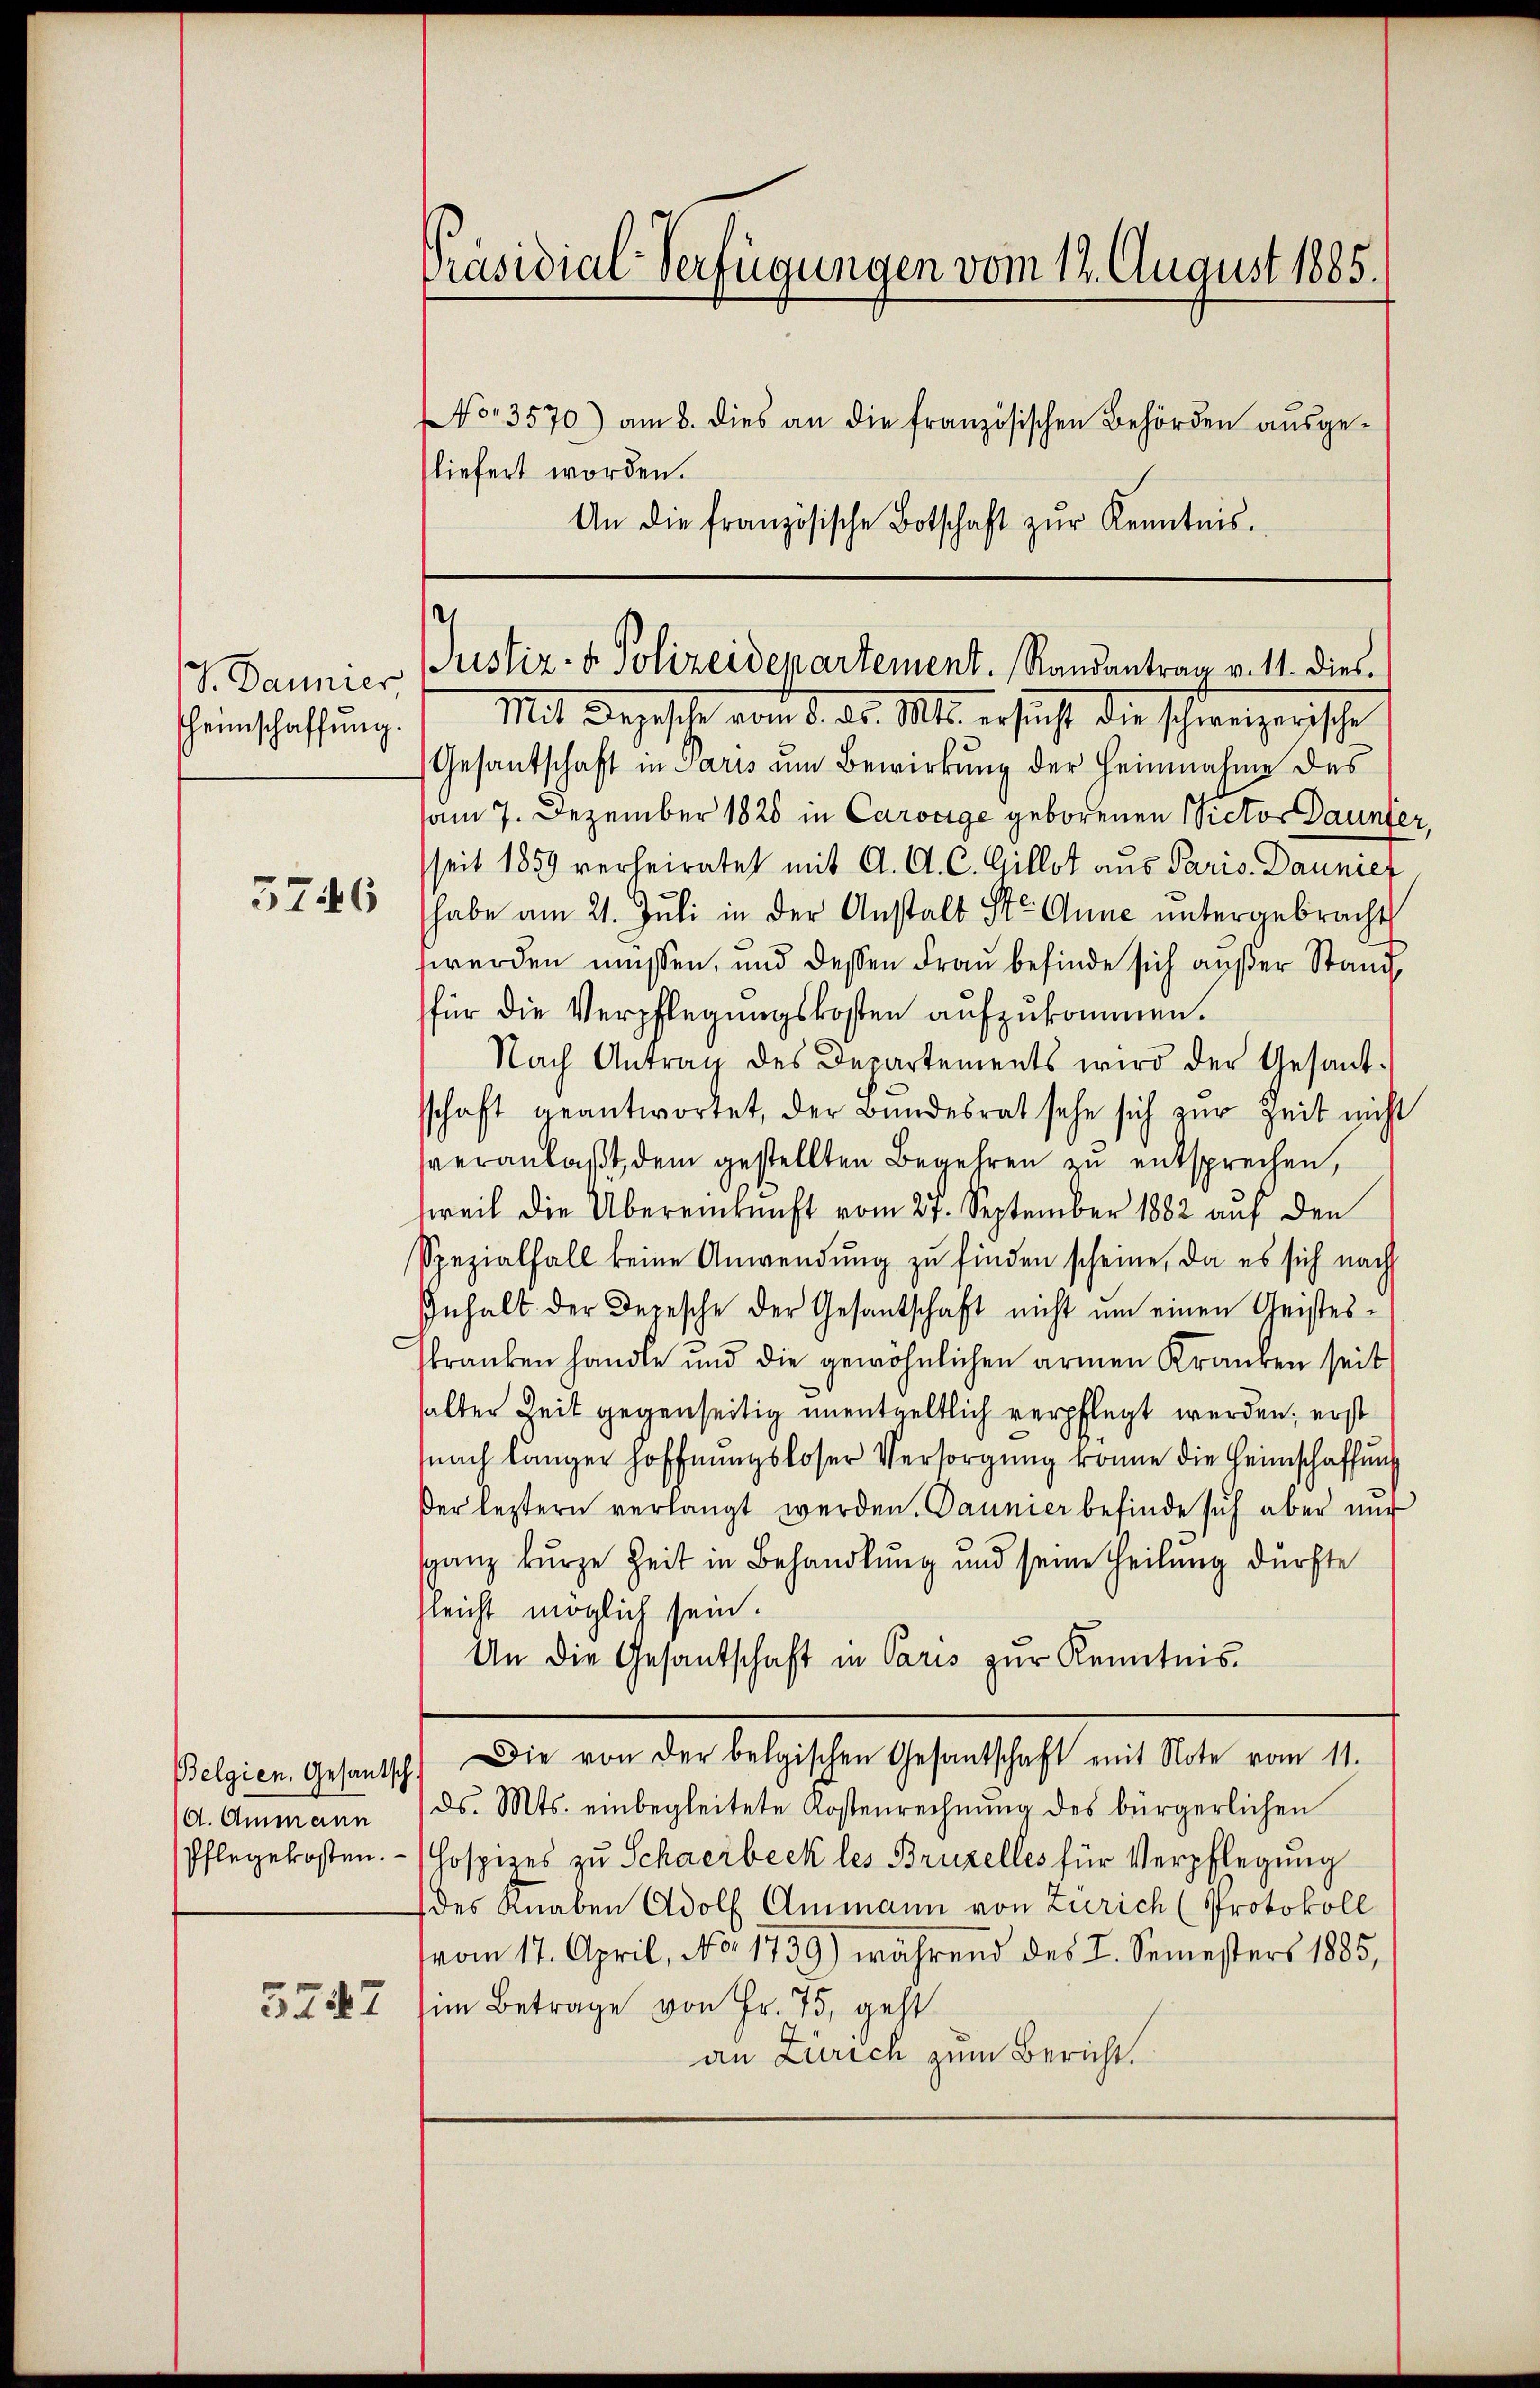
J. Daunier
heimschaffung.

3746

d. Ammann
Pflegekosten.

3247

Präsidial-Verfügungen vom 12. August 1885.
No. 3570) am 8. dies an die französischen Behörden aŭsge-
liefert worden.
An die französische Botschaft zŭr Kenntnis.

d
Justiz- & Polizeidepartement. Randantrag v. 11. dies
Mit Depesche vom 8. d. Ms. ersicht die schweizerische

Gesantschaft in Paris um Bewirkung der Heinnahme des
am 7. Dezember 1828 in Carorige geborenen Victor Daunte
seit 1859 verheiratet mit A. C. C. Gillot aus Paris Daunief
habe am 21. Juli in der Anstalt St. Anne untergebracht
werden müssen, und dessen Frau befinde sich außer Stand,
für die Verpflegungskosten aufzukommen.
Nach Antrag des Departements wird der Gesand-
schaft geantwortet, der Bundesrat sehe sich zur Zeit nicht
veranlaßt, dem gestellten Begehren zu entsprechen,
tweil die Übereinkunft vom 27. September 1882 auf den
Spezialfall keine Anwendŭng zu finden scheine, da es sich nach
Inhalt der Depesche der Gesantschaft nicht ŭm einen Geistes-
skranken handle und die gewöhnlichen armen Kranken seit
shalter Zeit gegenseitig unentgeltlich verpflegt werden, erst
nach länger Hoffnungsloser Versorgung könne die Heimschaffung
Der leztern verlangt werden. Daunier befinde sich aber nur
sganz kurze Zeit in Behandlung und seine Theilung dürfte
leicht möglich sein.
An die Gesantschaft in Paris zur Kenntnis.
Belgien. Gesantsch. Die von der belgischen Gesantschaft mit Note vom 11.
ds. Mts. einbegleitete Kostenrechnŭng des bürgerlichen
Hospizes zu Schwerbeck les Bruzelles für Verpflegung
des Knaben Adolf Ammann von Zürich (Protokoll
vom 17. April, No. 1739) während des I. Semesters 1885,
im Betrage von Fr. 75, geht
an Zürich zum Bericht.